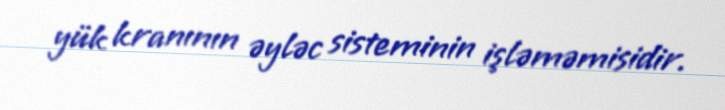
yük kranının əyləc sisteminin işləməmisidir.